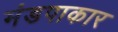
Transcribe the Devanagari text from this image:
मंडपाकार